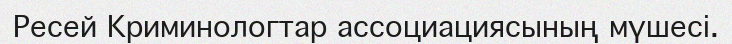
Ресей Криминологтар ассоциациясының мүшесі.